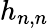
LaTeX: h_{n,n}